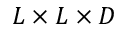
L \times L \times D